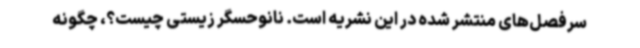
سرفصل‌های منتشر شده در این نشریه است. نانوحسگر زیستی چیست؟، چگونه